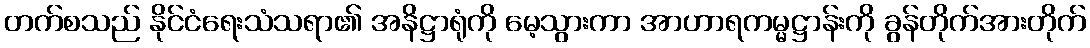
တက်စသည် နိုင်ငံရေးသံသရာ၏ အနိဋ္ဌာရုံကို မေ့သွားကာ အာဟာရကမ္မဋ္ဌာန်းကို ခွန်တိုက်အားတိုက်